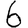
Digit: 6